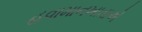
હવામાનખાતાએ